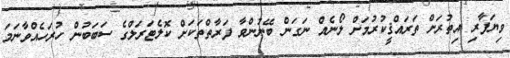
ވިޔަފާރި އިތުރަށް ތަރައްޤީކުރުމަށް ލޯނެއް ނަގަން ބޭނުންވާ ފަރާތްތަކަށް ކޮލެޓަރަލްގެ ސަބަބުން ހުރަހެއްވާނަމަ